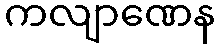
ကလျာဏေန